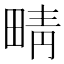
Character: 𤲟